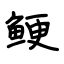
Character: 鲠